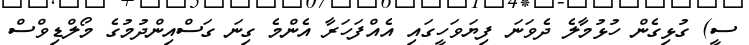
ސީ) ގުޅިގެން ހުޅުމާލެ ދެވަނަ ފިޔަވަހީގައި އެއްފަހަރާ އެންމެ ގިނަ ގަސްއިންދުމުގެ މޯލްޑިވްސް